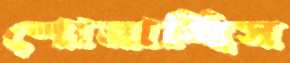
শোনাচ্ছিস